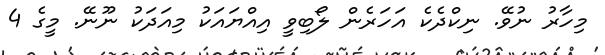
މިހާރު ނުވޭ. ނިކްދެކެ އަހަރެން ލޯބިވީ އިއްޔައަކު މިއަދަކު ނޫނޭ. މީގެ 4